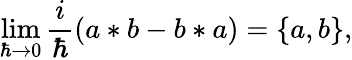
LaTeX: \operatorname*{lim}_{\hbar\rightarrow 0}\frac i\hbar(a*b-b*a)=\{ a,b\} ,